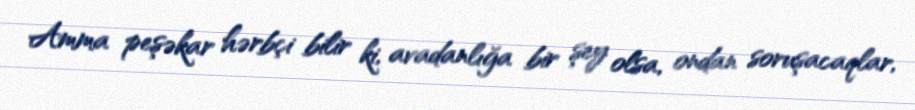
Amma peşəkar hərbçi bilir ki, avadanlığa bir şey olsa, ondan soruşacaqlar,